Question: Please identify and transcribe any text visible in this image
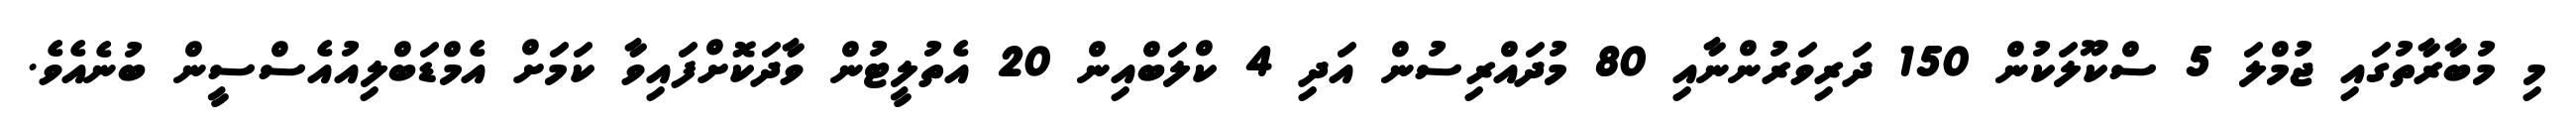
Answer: މި މުބާރާތުގައި ޖުމްލަ 5 ސްކޫލަކުން 150 ދަރިވަރުންނާއި 80 މުދައްރިސުން އަދި 4 ކްލަބްއިން 20 އެތުލީޓުން ވާދަކޮށްފައިވާ ކަމަށް އެމްޑަބްލިއުއެސްސީން ބުނެއެވެ.